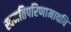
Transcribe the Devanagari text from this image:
स्वमतिपरिणामावधि